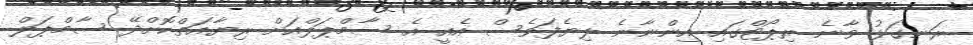
ރަނގަޅު ވާނެ ރިޕޯޓްގައި އިންނާނެ ލިޔެފަވެސް އެއީ އެ ސާމްޕަލްއަށް ރިޔާއަތްކޮށްދޭ ސާމްޕަލް